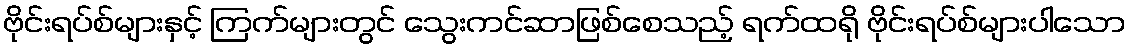
ဗိုင်းရပ်စ်များနှင့် ကြက်များတွင် သွေးကင်ဆာဖြစ်စေသည့် ရက်ထရို ဗိုင်းရပ်စ်များပါသော